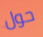
حول